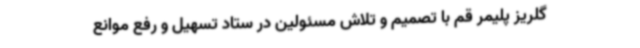
گلریز پلیمر قم با تصمیم و تلاش مسئولین در ستاد تسهیل و رفع موانع